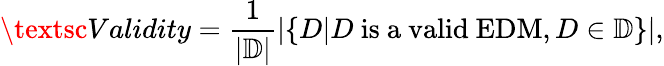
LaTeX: \textsc{Validity}=\frac{1}{|\mathbb{D}|}|\{ D|D\textrm{\ is\ a\ valid\ EDM},D\in\mathbb{D}\} |,